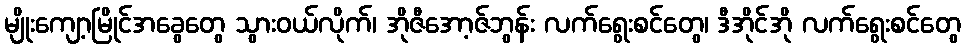
မျိုးကျော့မြိုင်အခွေတွေ သွားဝယ်လိုက်၊ အိုဇီအော့ဇ်ဘွန်း လက်ရွေးစင်တွေ၊ ဒီအိုင်အို လက်ရွေးစင်တွေ